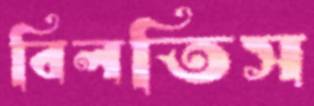
বিলতিস